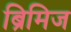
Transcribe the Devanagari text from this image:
ब्रिमिज